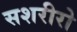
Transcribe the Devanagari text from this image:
सशरीरो